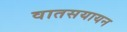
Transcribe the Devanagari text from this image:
वातसयायन